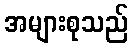
အများစုသည်